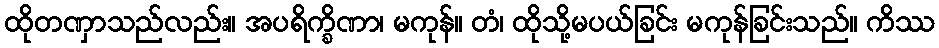
ထိုတဏှာသည်လည်း။ အပရိက္ခိဏာ၊ မကုန်။ တံ၊ ထိုသို့မပယ်ခြင်း မကုန်ခြင်းသည်။ ကိဿ